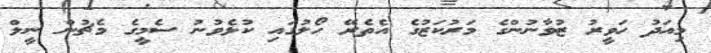
މިއަދު ހަވީރު ޒުވާނުންގެ މަރުކަޒުގެ އެތެރޭ ހޯލުގައި ކުޅެވުނު ސެމީގެ މެޗުން ނީލް